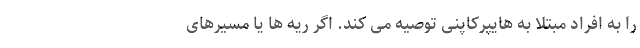
را به افراد مبتلا به هایپرکاپنی توصیه می کند. اگر ریه ها یا مسیرهای